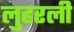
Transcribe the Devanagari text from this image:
लुहरली